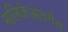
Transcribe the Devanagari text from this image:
मलिकेअंतर्गत